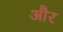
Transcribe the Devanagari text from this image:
और